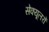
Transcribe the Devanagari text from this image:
सेक्यूलरों